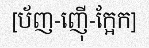
[ប័ញ-ញ៉ើ-ក្អែក]